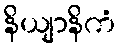
နိယျာနိကံ